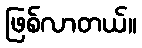
ဖြစ်လာတယ်။